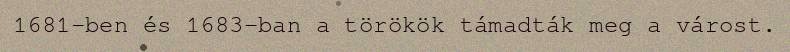
1681-ben és 1683-ban a törökök támadták meg a várost.